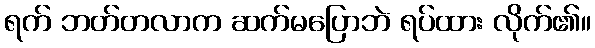
ရက် ဘတ်တလာက ဆက်မပြောဘဲ ရပ်ထား လိုက်၏။